Annual report of the Punjab Veterinary College and of the Civil Veterinary Department, Punjab - 1920-1925
Year: 1920
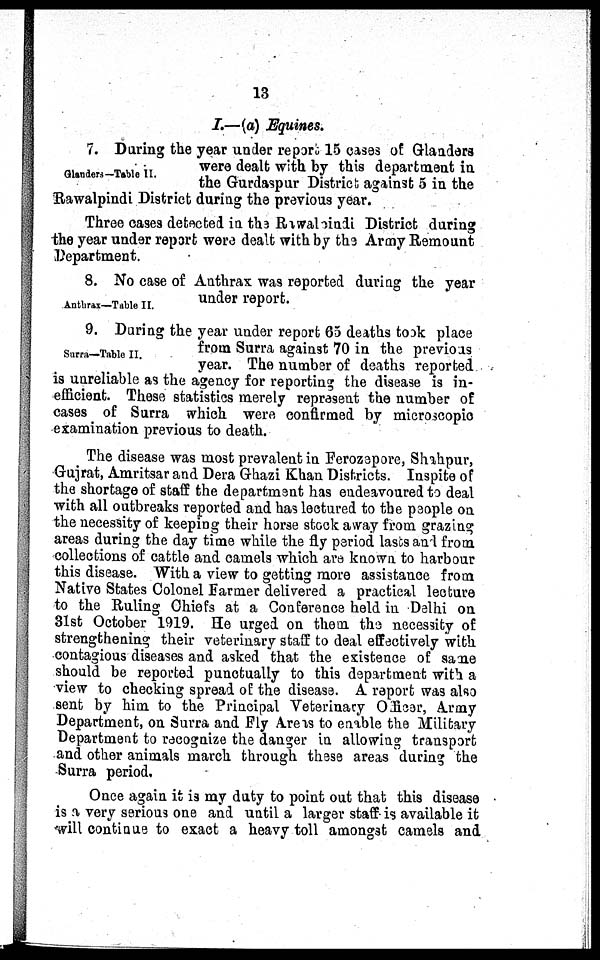
13
I.—(a) Equines.
Glanders—Table II.
7. During the year under report 15 cases of Glanders
were dealt with by this department in
the Gurdaspur District against 5 in the
Rawalpindi District during the previous year.
Three cases detected in the Rawalpindi District during
the year under report were dealt with by the Army Remount
Department.
Anthrax—Table II.
8. No case of Anthrax was reported during the year
under report.
Surra—Table II.
9. During the year under report 65 deaths took place
from Surra against 70 in the previous
year. The number of deaths reported
is unreliable as the agency for reporting the disease is in-
efficient. These statistics merely represent the number of
cases of Surra which were confirmed by microscopic
examination previous to death.
The disease was most prevalent in Ferozepore, Shahpur,
Gujrat, Amritsar and Dera Ghazi Khan Districts. Inspite of
the shortage of staff the department has endeavoured to deal
with all outbreaks reported and has lectured to the people on
the necessity of keeping their horse stock away from grazing
areas during the day time while the fly period lasts and from
collections of cattle and camels which are known to harbour
this disease. With a view to getting more assistance from
Native States Colonel Farmer delivered a practical lecture
to the Ruling Chiefs at a Conference held in Delhi on
31st October 1919. He urged on them the necessity of
strengthening their veterinary staff to deal effectively with
contagious diseases and asked that the existence of same
should be reported punctually to this department with a
view to checking spread of the disease. A report was also
sent by him to the Principal Veterinary Officer, Army
Department, on Surra and Fly Areas to enable the Military
Department to recognize the danger in allowing transport
and other animals march through these areas during the
Surra period.
Once again it is my duty to point out that this disease
is a very serious one and until a larger staff is available it
will continue to exact a heavy toll amongst camels and